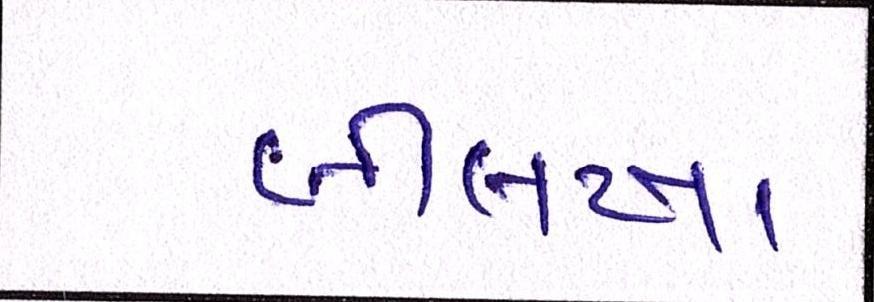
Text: બીલખા